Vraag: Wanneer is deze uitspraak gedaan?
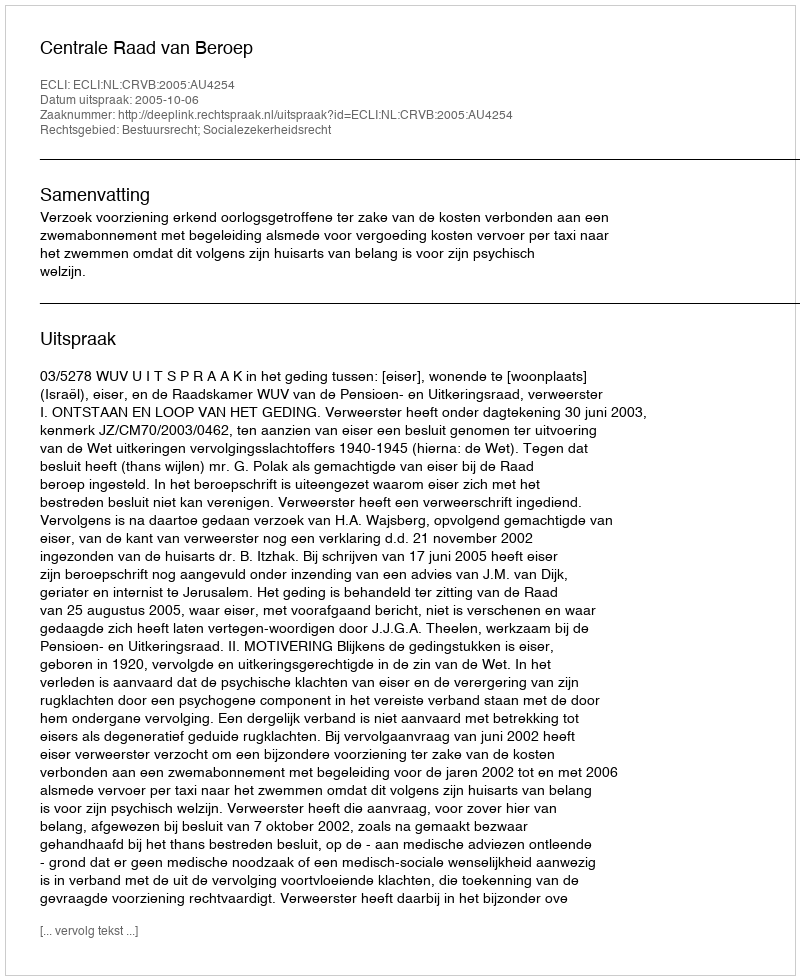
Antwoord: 2005-10-06